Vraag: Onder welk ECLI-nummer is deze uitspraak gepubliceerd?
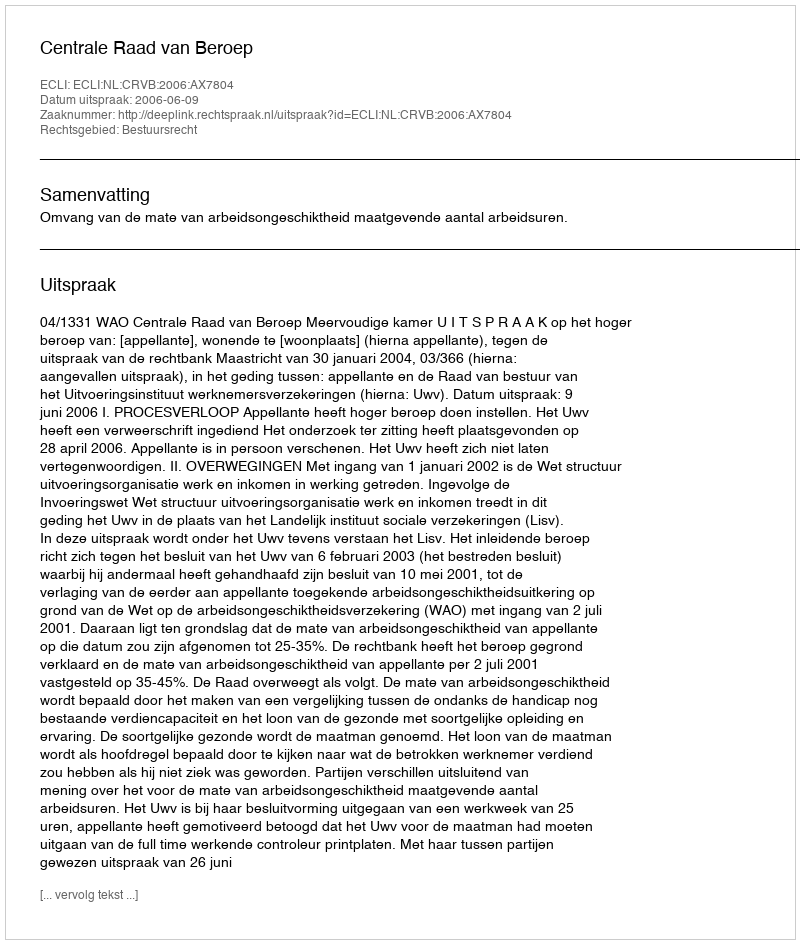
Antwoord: ECLI:NL:CRVB:2006:AX7804